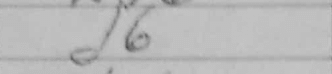
Transcription: d6